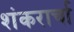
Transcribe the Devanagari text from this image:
शंकरार्चा